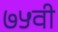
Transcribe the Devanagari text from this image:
७५वी